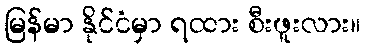
မြန်မာ နိုင်ငံမှာ ရထား စီးဖူးလား။